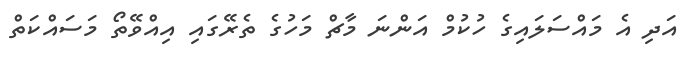
އަދި އެ މައްސަލައިގެ ހުކުމް އަންނަ މާޗް މަހުގެ ތެރޭގައި އިއްވޭތޯ މަސައްކަތް